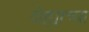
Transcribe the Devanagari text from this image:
दोह्याच्या